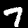
Digit: 7